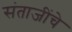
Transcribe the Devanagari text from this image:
संताजींचे